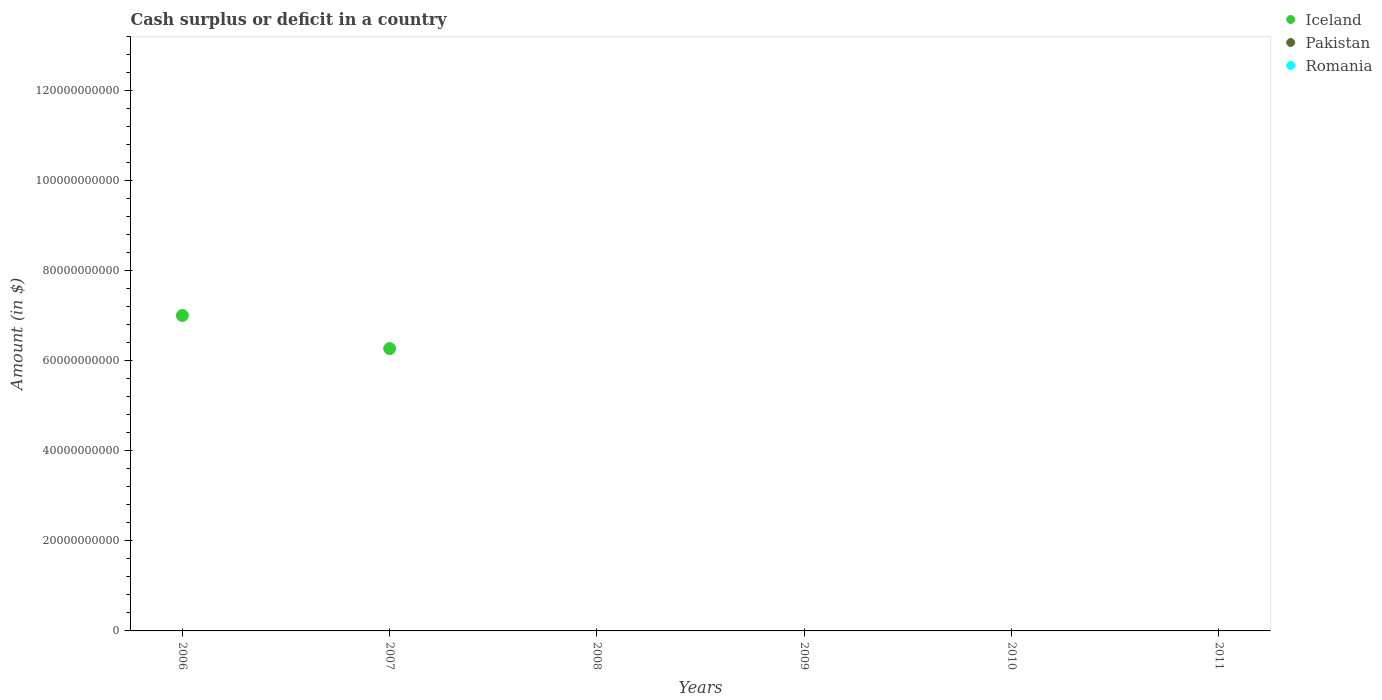
| Years | Iceland | Pakistan | Romania |
 | --- | --- | --- | --- |
 | 2006 | 7.01e+10 | -3.22e+11 | -7.67e+09 |
 | 2007 | 6.27e+10 | -3.62e+11 | -9.54e+09 |
 | 2008 | -1.87e+11 | -7.62e+11 | -2.33e+10 |
 | 2009 | -1.34e+11 | -6.06e+11 | -4.13e+10 |
 | 2010 | -1.42e+11 | -7.42e+11 | -3.52e+10 |
 | 2011 | -8.59e+10 | -1.17e+12 | -2.85e+10 |